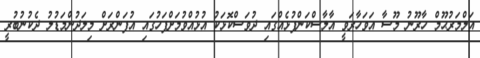
އަލްމަރުޙޫމް ހާރޫނު މޫސާ އަވަހާރަވީ އާލާސްކަންފުޅެއްގައި ދުވަސްކޮޅަކު އުޅުއްވުމަށްފަހުގައި އުފަންރަށް މިލަދުންމަޑުލު ދެކުނުބުރީ